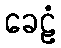
ခေဠံ